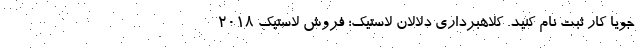
جویا کار ثبت نام کنید. کلاهبرداری دلالان لاستیک؛ فروش لاستیک 2018